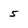
Character: 5